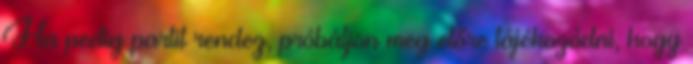
Ha pedig partit rendez, próbáljon meg előre tájékozódni, hogy